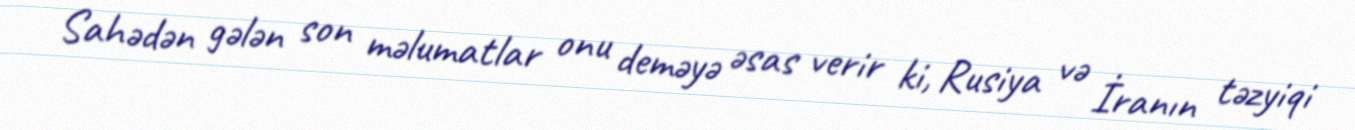
Sahədən gələn son məlumatlar onu deməyə əsas verir ki, Rusiya və İranın təzyiqi